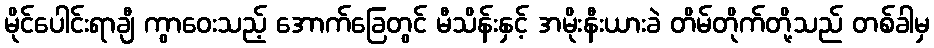
မိုင်ပေါင်းရာချီ ကွာဝေးသည့် အောက်ခြေတွင် မီသိန်းနှင့် အမိုးနီးယားခဲ တိမ်တိုက်တို့သည် တစ်ခါမှ